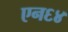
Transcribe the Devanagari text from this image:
एन६४